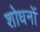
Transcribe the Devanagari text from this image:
शोधनों